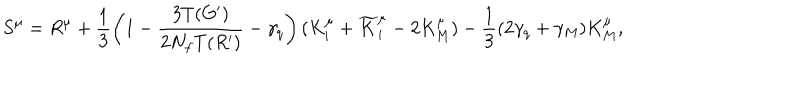
LaTeX: S ^ { \mu } = R ^ { \mu } + \frac { 1 } { 3 } \left( 1 - \frac { 3 T ( G ^ { \prime } ) } { 2 N _ { f } T ( R ^ { \prime } ) } - \gamma _ { q } \right) ( K _ { i } ^ { \mu } + \widetilde { K } _ { i } ^ { \mu } - 2 K _ { M } ^ { \mu } ) - \frac { 1 } { 3 } ( 2 \gamma _ { q } + \gamma _ { M } ) K _ { M } ^ { \mu } ,